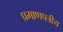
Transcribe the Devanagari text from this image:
प्रमाणपत्रीय